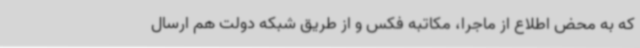
که به محض اطلاع از ماجرا، مکاتبه فکس و از طریق شبکه دولت هم ارسال